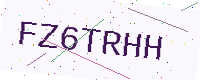
Text: FZ6TRHH